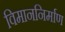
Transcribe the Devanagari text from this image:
विमाननिर्माण